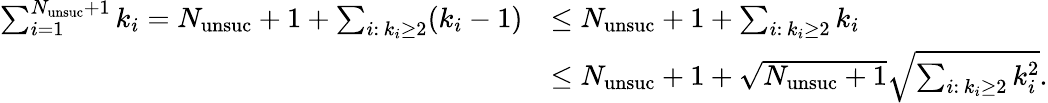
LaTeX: \begin{array}{rl}{\sum_{i=1}^{N_{\mathrm{unsuc}}+1}k_{i}=N_{\mathrm{unsuc}}+1+\sum_{i:\, k_{i}\geq 2}(k_{i}-1)}&{\leq N_{\mathrm{unsuc}}+1+\sum_{i:\, k_{i}\geq 2}k_{i}}\\ &{\leq N_{\mathrm{unsuc}}+1+\sqrt{N_{\mathrm{unsuc}}+1}\sqrt{\sum_{i:\, k_{i}\geq 2}k_{i}^{2}}.}\end{array}